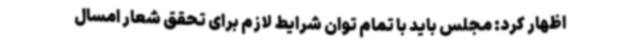
اظهار کرد: مجلس باید با تمام توان شرایط لازم برای تحقق شعار امسال